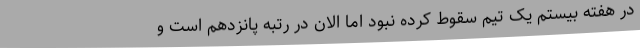
در هفته بیستم یک تیم سقوط کرده نبود اما الان در رتبه پانزدهم است و